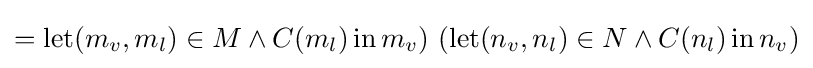
=\operatorname {let} (m_{v},m_{l})\in M\land C(m_{l})\operatorname {in} m_{v})\ (\operatorname {let} (n_{v},n_{l})\in N\land C(n_{l})\operatorname {in} n_{v})